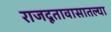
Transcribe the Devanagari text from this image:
राजदूतावासातल्या